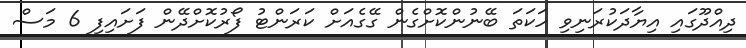
ދިއްދޫގައި އިޔާދަކުރަނިވި ހަކަތަ ބޭނުންކޮށްގެން ގޭގެއަށް ކަރަންޓު ފޯރުކޮށްދޭން ފަށައިފި 6 މަސް